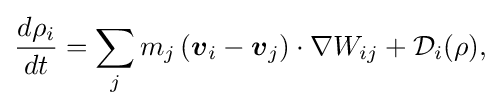
{\displaystyle {\frac {d\rho _{i}}{dt}}=\sum _{j}m_{j}\left({\boldsymbol {v}}_{i}-{\boldsymbol {v}}_{j}\right)\cdot \nabla W_{ij}+{\mathcal {D}}_{i}(\rho ),}